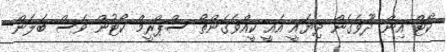
ކޯޓް އިން ދޫވެގެން ދިޔައީ އެއީ ކީއްވެގެންތޯ ސްޕްރީމް ކޯޓުން ވެސް ބަލަން